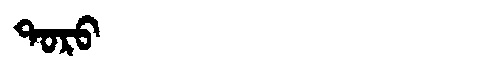
Manchu: ᡨᠣᡵᠣ
Romanization: TORO